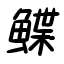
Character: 鰈